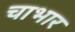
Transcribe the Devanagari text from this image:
चाभार